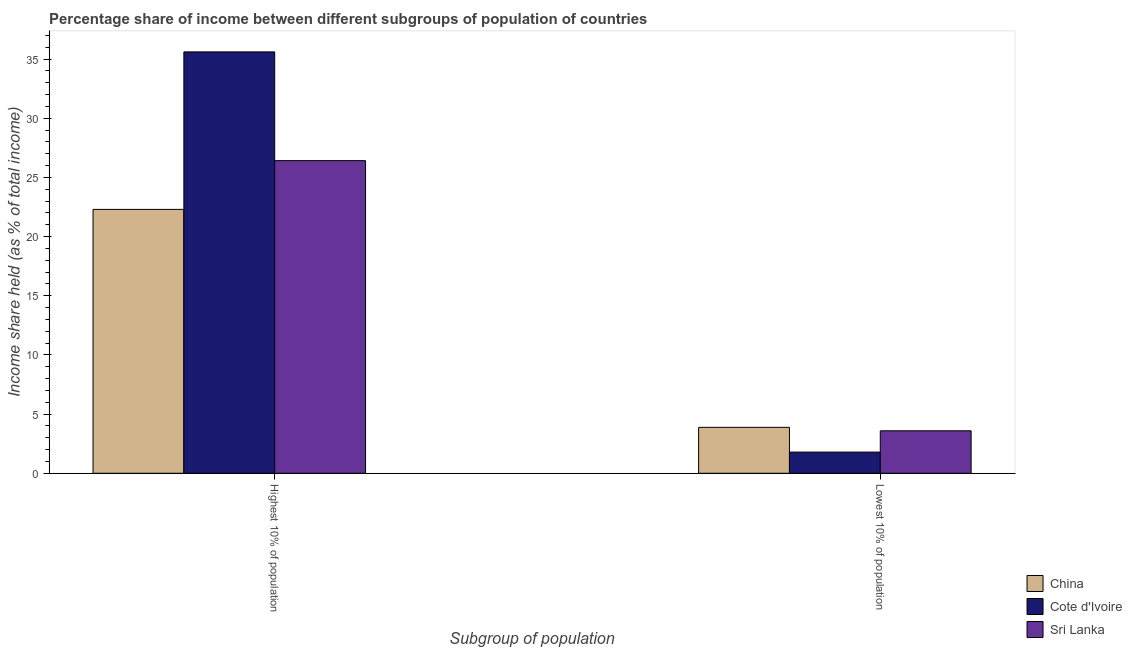
| Subgroup of population | China | Cote d'Ivoire | Sri Lanka |
 | --- | --- | --- | --- |
 | Highest 10% of population | 22.3 | 35.6 | 26.4 |
 | Lowest 10% of population | 3.88 | 1.79 | 3.59 |